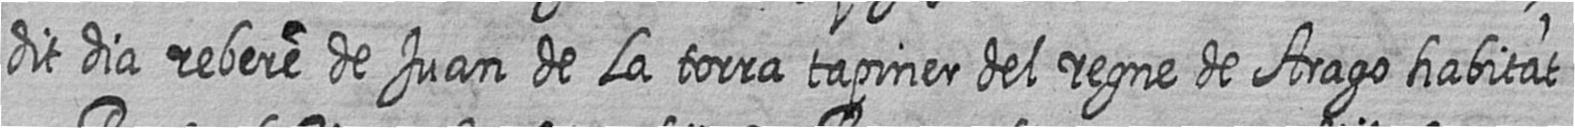
dit dia rebere de Juan de La torra tapiner del regne de Arago habitat